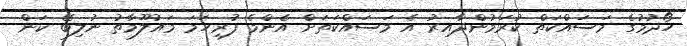
ހޯދުމުގެ މަސައްކަތް ކުރަމުންދާއިރު އެ މަސައްކަތަށް އެންމެ ފުރިހަމަ މައުލޫމާތު ނުލިބޭ ކަން